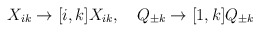
\begin{align*}X_{ik}\to [i,k]X_{ik}, \quad Q_{\pm k}\to [1,k]Q_{\pm k}\end{align*}